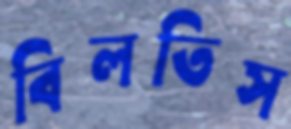
বিলতিস